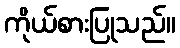
ကိုယ်စားပြုသည်။